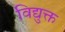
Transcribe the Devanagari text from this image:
विद्युक्त